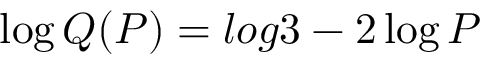
\log Q ( P ) = l o g 3 - 2 \log P